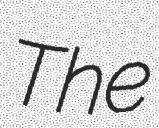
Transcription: The